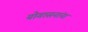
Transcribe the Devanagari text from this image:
योगासनांना